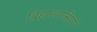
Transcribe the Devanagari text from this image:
बिहारवासियों